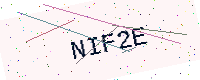
Text: NIF2E